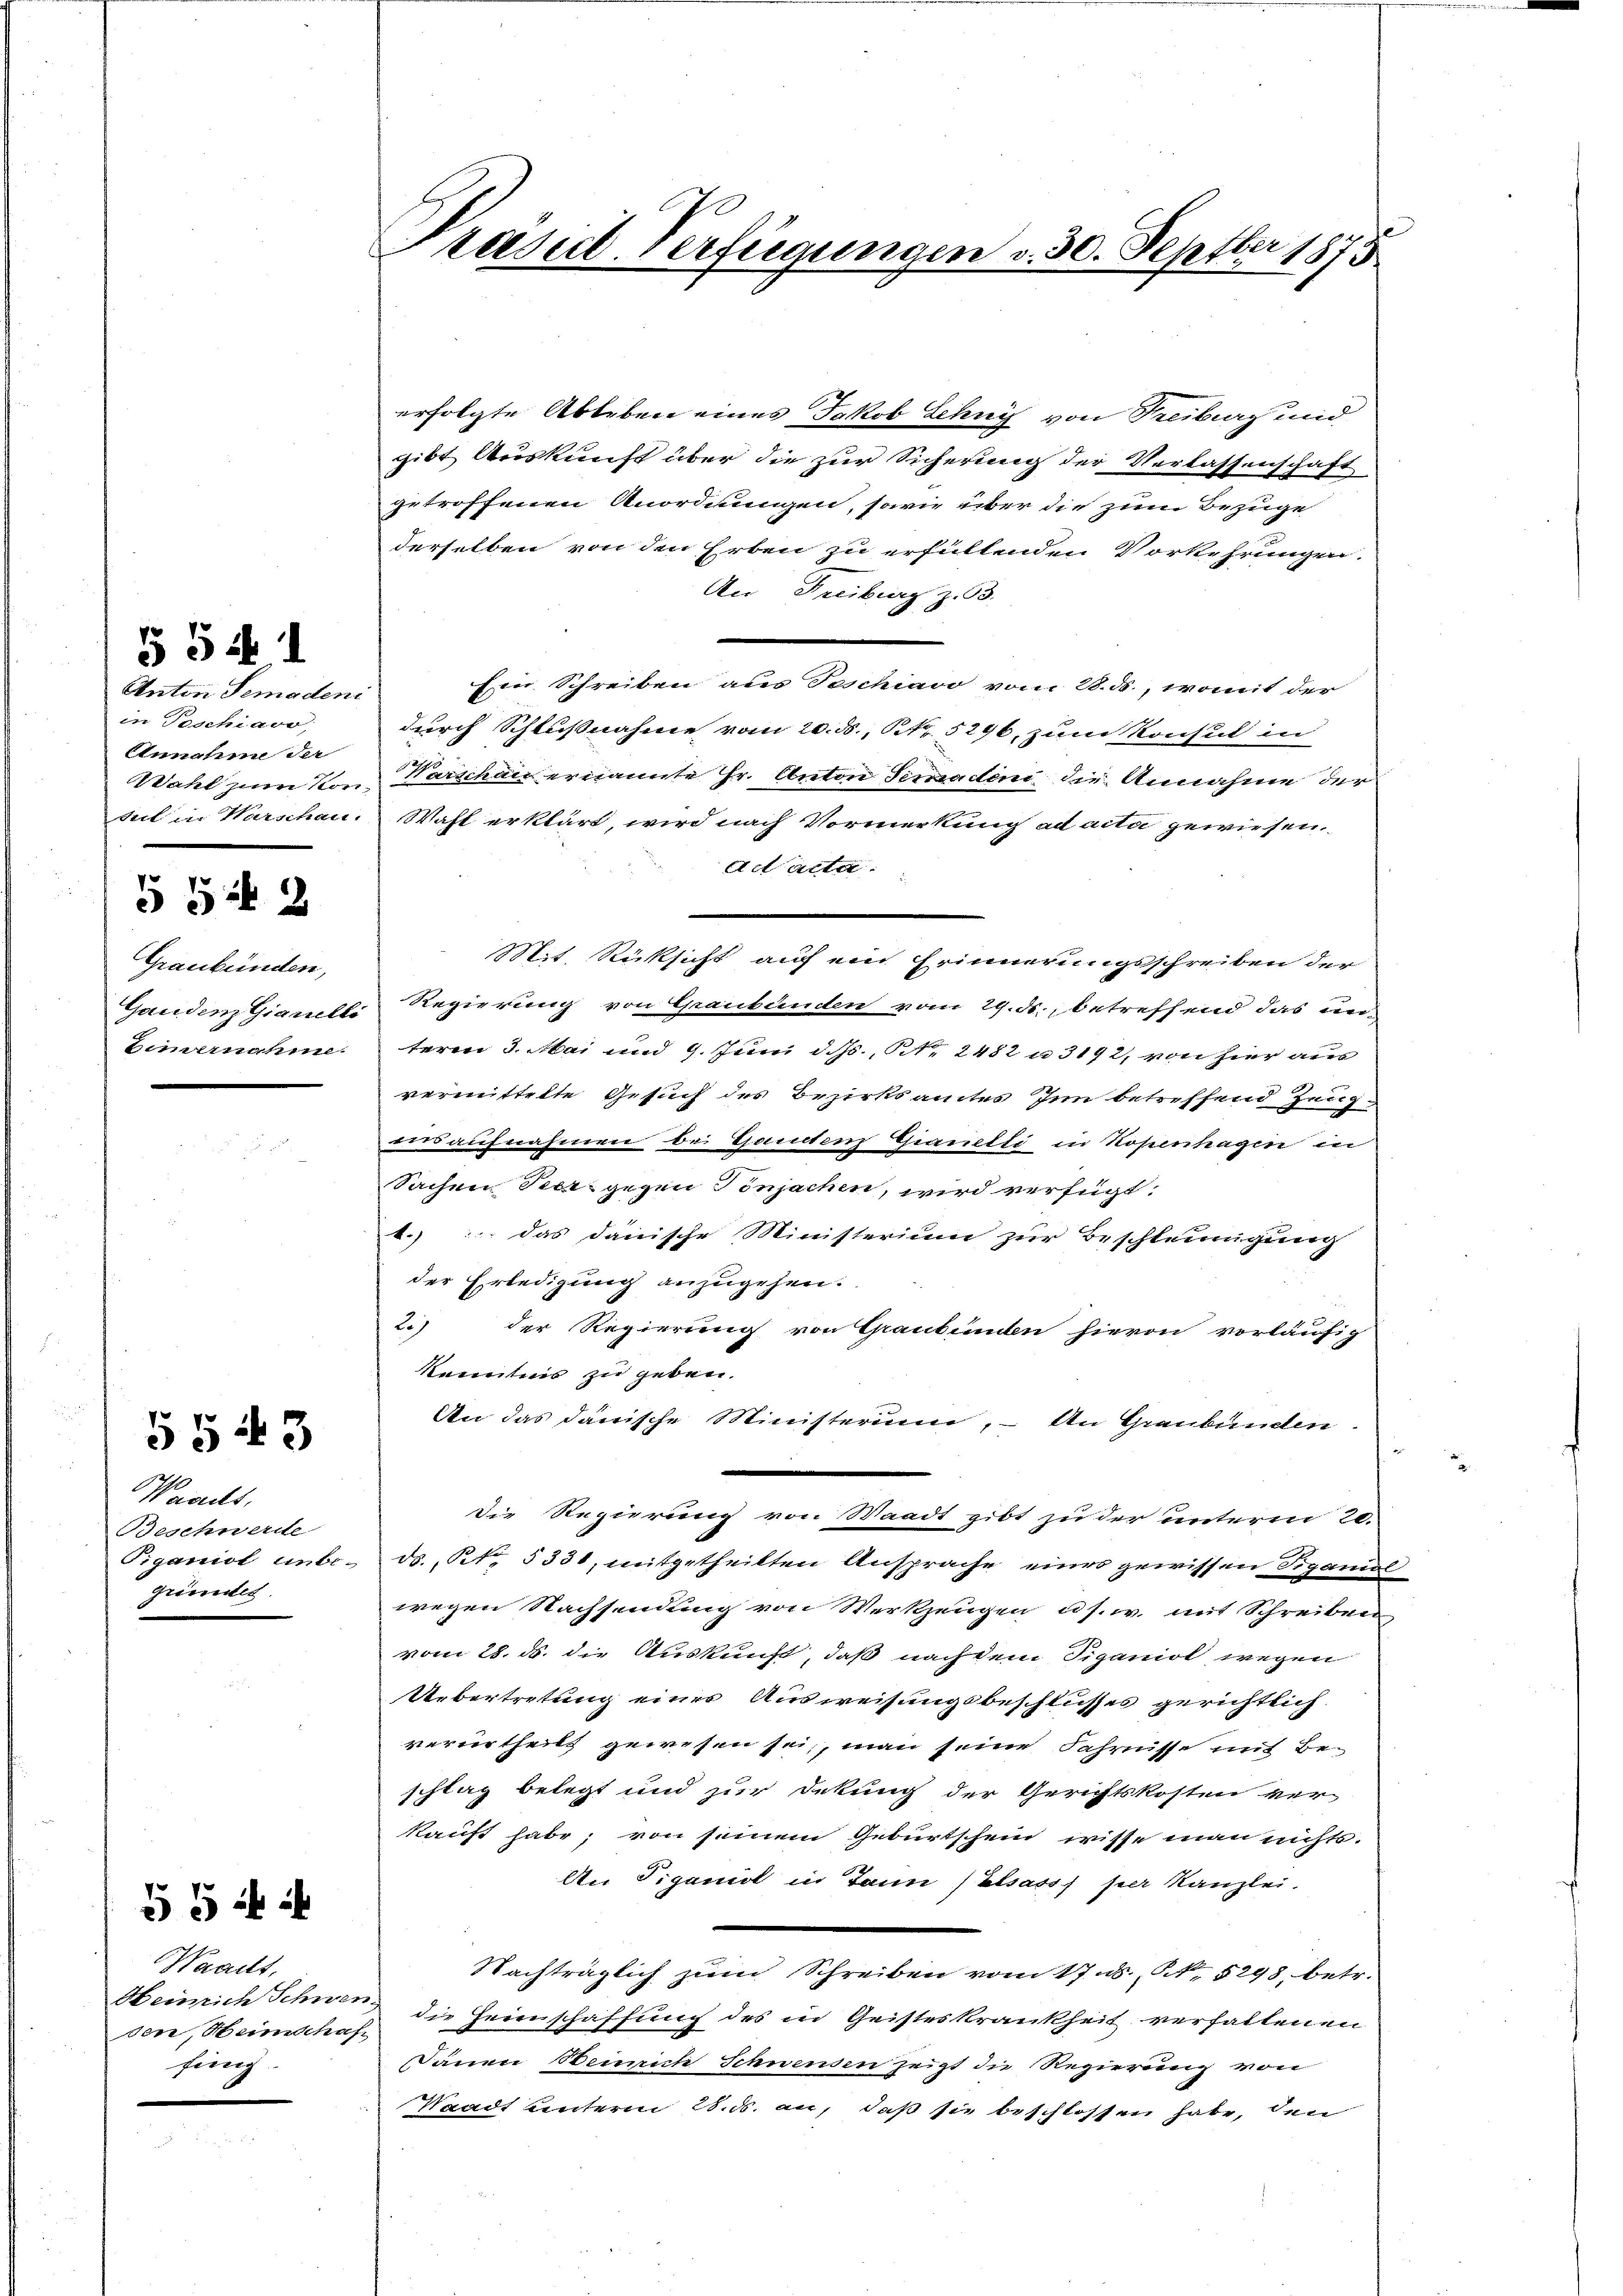
Anton Semadeni
in Teschiavo,
Einnahme der
Wahl zum Kon-
Teil in Warschau.

55 ff. 1

Graubünden,
Gandenz Gianilli
Beiernahme

55 2

Waadt,
Beschwerde.
iganist unbe-
gründet.

§§ 43

Waadt,
Heinrich Schwer
sen, Heimschaf
fing.

55 i

Prescit. Verfügungen

30. Septber 1875

erfolgte Ableben eines Jakob Lehny von Freiburg und
gibt Auskunft über die zur Sicherung der Verlassenschaft
getroffenen Anordnungen, sowie über die zum Bezuge
derselben von den Erben zu erfüllenden Vorkehrungen.
An Freiburg z. B.
Eier Schreiben aus Teschiavo vom 28. ds., womit der
durch Schlußnahme vom 20. ds., Nr. 5296, zum Konsul in
Warschau ernannte Hr. Anton Semaden die Annahme der
Wahl erklärt, wird nach Vormerkung ad acta gewiesen
Ad Acta
Mit Rücksicht auf ein Erinnerungsschreiben der
Regierung von Graubünden vom 29. ds., betreffend das un-
teren 3. Mai und 9. Juni d. Js., Nr. 2482 n 3192, von hier aner
vermittelte Gesuch des Bezirksamtes Inn betreffend Zeugvirdaufnahmen bei Gaudenz Gianetti in Kopenhagen in
Sachen Peerz gegen Tonsachen, wird verfügt:
4.) das danische Ministerium zur Beschleunigung
der Erledigung anzugehen.
2.) der Regierung von Graubünden hievon vorläufig
Kenntnis zu geben.
An das Janische Ministerium, – An Graubünden
.
die Regierung von Waadt gibt zu der unterm 20.
ds. Rt. 5331, mitgetheilten Ansprache eines gewissen Figanis
wegen Nachsendung von Werkzeugen u.s.w. mit Schreiben
vom 28. ds. die Auskunft, daß nach dem Siganiol wegen
Uebertretung eines Ausweisungsbeschlusses gerichtlich
verurtheilt gewesen sei, man seine Fahrnisse mit Be-
schlag belegt und zur Dekung der Gerichtskosten ver
kauft habe; von seinem Geburtschein wisse man nichts-
An Figanot in Tann/ Elsass per Kanzlei.
Nachträglich zum Schreiben vom 17. ds. 1. 5298, betr.
die Heinschaffung des in Geisteskrankheit verhaltenen
Danen Beinrich Schwenden zeigt die Regierung von
Waadt unterm 28. d. an, daß sie beschlossen habe, den